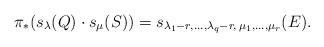
LaTeX: \begin{align*} \pi_{*} (s_{\lambda}(Q) \cdot s_{\mu} (S)) = s_{\lambda_{1}-r, \ldots, \lambda_{q} - r, \, \mu_{1}, \ldots, \mu_{r}} (E). \end{align*}